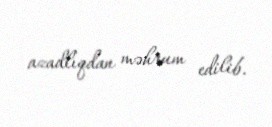
azadlıqdan məhrum edilib.